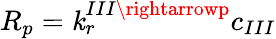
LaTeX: R_{p}=\mathit{k}_{r}^{III\rightarrowp}c_{III}